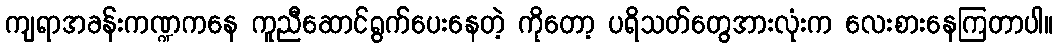
ကျရာအခန်းကဏ္ဍကနေ ကူညီဆောင်ရွက်ပေးနေတဲ့ ကိုတော့ ပရိသတ်တွေအားလုံးက လေးစားနေကြတာပါ။